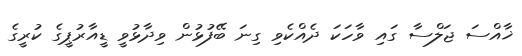
ޚާއްސަ ޖަލްސާ ގައި ވާހަކަ ދެއްކެވި ގިނަ ބޭފުޅުން ވިދާޅުވީ ޑީއާރުޕީގެ ކުރީގެ